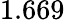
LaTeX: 1.669